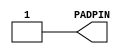
module padvdd(PADPIN);
  parameter N = 0;
  parameter SLIM_FLAG = 0;
  parameter PTYPE = "REGULAR";
  parameter YPITCH = "12ma";
  parameter
        d_PADPIN_r = 1,
        d_PADPIN_f = 1;
  output  PADPIN;
  reg  PADPIN_temp;
  supply1  VDD;
  assign #(d_PADPIN_r,d_PADPIN_f) PADPIN = PADPIN_temp;
  initial
    PADPIN_temp = 1'b1;
endmodule